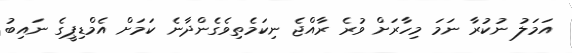
އަމަލު ނުކުރާ ނަމަ މިހާރަށް ވުރެ ރާއްޖެ ނިކަމެތިވެގެންދާނެ ކަމަށް އެމްޑިޕީގެ ނައިބު